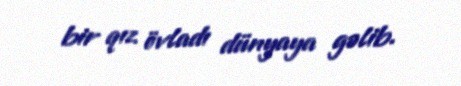
bir qız övladı dünyaya gəlib.